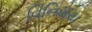
વિનિમય